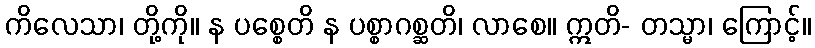
ကိလေသာ၊ တို့ကို။ န ပစ္စေတိ န ပစ္စာဂစ္ဆတိ၊ လာစေ။ ဣတိ- တသ္မာ၊ ကြောင့်။